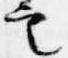
定